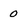
Character: 0